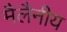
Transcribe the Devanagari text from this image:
मैलैनीय